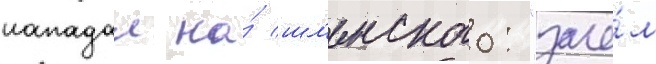
нападал на́ шл'енского: "заче́м